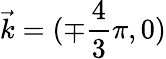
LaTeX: \vec{k}=(\mp\frac{4}{3}\pi,0)